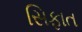
સિફાત